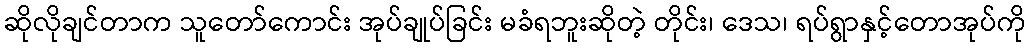
ဆိုလိုချင်တာက သူတော်ကောင်း အုပ်ချုပ်ခြင်း မခံရဘူးဆိုတဲ့ တိုင်း၊ ဒေသ၊ ရပ်ရွာနှင့်တောအုပ်ကို